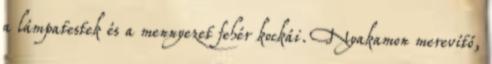
a lámpatestek és a mennyezet fehér kockái. Nyakamon merevítő,